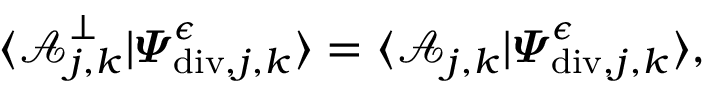
\begin{array} { r } { \langle \boldsymbol { \mathcal { A } } _ { j , \boldsymbol { k } } ^ { \bot } | \boldsymbol { \varPsi } _ { \mathrm { d i v } , j , \boldsymbol { k } } ^ { \epsilon } \rangle = \langle \boldsymbol { \mathcal { A } } _ { j , \boldsymbol { k } } | \boldsymbol { \varPsi } _ { \mathrm { d i v } , j , \boldsymbol { k } } ^ { \epsilon } \rangle , } \end{array}